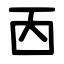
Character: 㐁